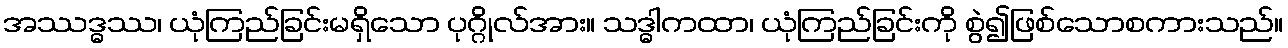
အဿဒ္ဓဿ၊ ယုံကြည်ခြင်းမရှိသော ပုဂ္ဂိုလ်အား။ သဒ္ဓါကထာ၊ ယုံကြည်ခြင်းကို စွဲ၍ဖြစ်သောစကားသည်။